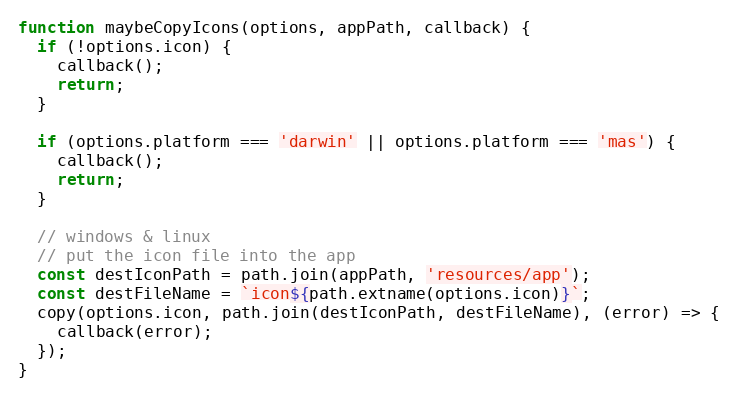
Language: JavaScript
function maybeCopyIcons(options, appPath, callback) {
  if (!options.icon) {
    callback();
    return;
  }

  if (options.platform === 'darwin' || options.platform === 'mas') {
    callback();
    return;
  }

  // windows & linux
  // put the icon file into the app
  const destIconPath = path.join(appPath, 'resources/app');
  const destFileName = `icon${path.extname(options.icon)}`;
  copy(options.icon, path.join(destIconPath, destFileName), (error) => {
    callback(error);
  });
}